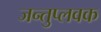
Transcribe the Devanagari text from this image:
जन्तुप्लवक